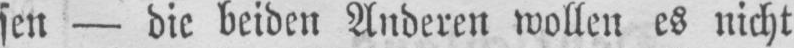
sen - die beiden Anderen wollen es nicht